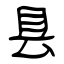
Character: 县